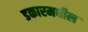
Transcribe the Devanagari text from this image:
डकारमधील